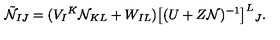
\tilde { \cal N } _ { I J } = ( V _ { I } { } ^ { K } { \cal N } _ { K L } + W _ { I L } ) \big [ ( U + Z { \cal N } ) ^ { - 1 } \big ] ^ { L } { } _ { J } .